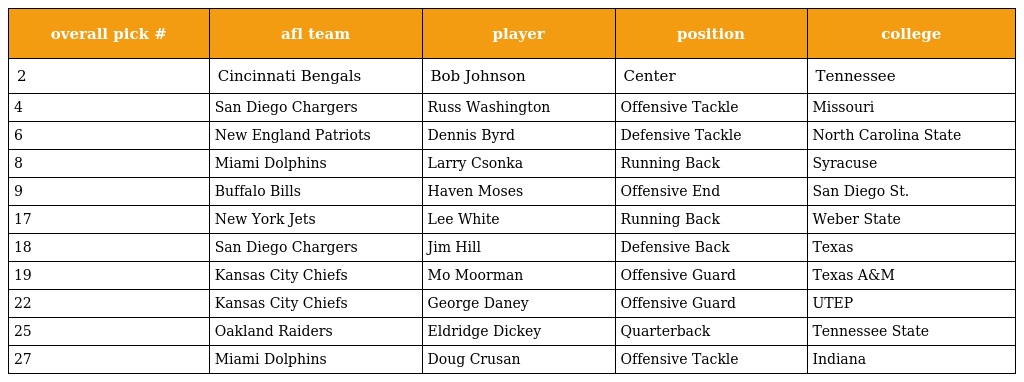
| overall pick # | afl team | player | position | college |
 | --- | --- | --- | --- | --- |
 | 2 | Cincinnati Bengals | Bob Johnson | Center | Tennessee |
 | 4 | San Diego Chargers | Russ Washington | Offensive Tackle | Missouri |
 | 6 | New England Patriots | Dennis Byrd | Defensive Tackle | North Carolina State |
 | 8 | Miami Dolphins | Larry Csonka | Running Back | Syracuse |
 | 9 | Buffalo Bills | Haven Moses | Offensive End | San Diego St. |
 | 17 | New York Jets | Lee White | Running Back | Weber State |
 | 18 | San Diego Chargers | Jim Hill | Defensive Back | Texas |
 | 19 | Kansas City Chiefs | Mo Moorman | Offensive Guard | Texas A&M |
 | 22 | Kansas City Chiefs | George Daney | Offensive Guard | UTEP |
 | 25 | Oakland Raiders | Eldridge Dickey | Quarterback | Tennessee State |
 | 27 | Miami Dolphins | Doug Crusan | Offensive Tackle | Indiana |